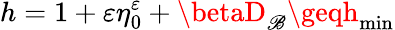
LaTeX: h=1+\varepsilon\eta_{0}^{\varepsilon}+\betaD_{\mathscr{B}}\geqh_{\operatorname*{min}}